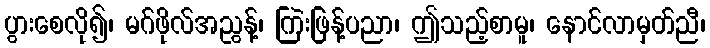
ပွားစေလို၍၊ မဂ်ဖိုလ်အညွန့်၊ ကြဲးဖြန့်ပညာ၊ ဤသည့်စာမူ၊ နောင်လာမှတ်ညီ၊